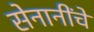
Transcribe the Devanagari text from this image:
सेनानींचे